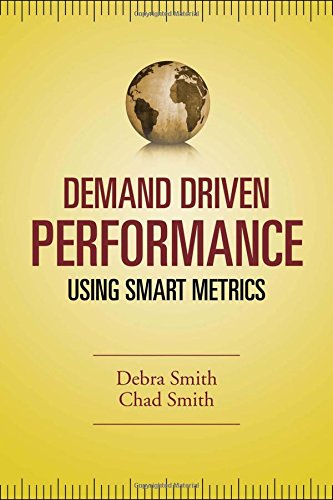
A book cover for Demand Driven Performance; Debra Smith; Business & Money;